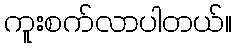
ကူးစက်လာပါတယ်။